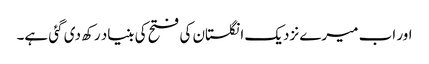
اور اب میرے نزدیک انگلستان کی فتح کی بنیاد رکھ دی گئی ہے۔